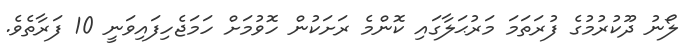
ލޯނު ދޫކުރުމުގެ ފުރަތަމަ މަރުޙަލާގައި ކޮންމެ ރަށަކުން ހޮވުމަށް ހަމަޖެހިފައިވަނީ 10 ފަރާތެވެ.